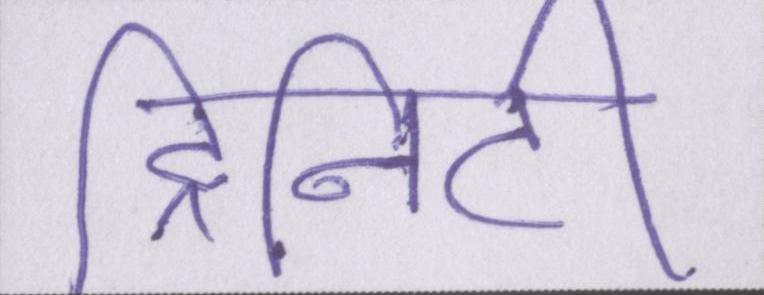
ट्रिनिटी